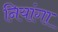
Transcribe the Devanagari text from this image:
नियांगा